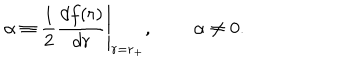
\alpha \equiv { \frac { 1 } { 2 } } \left. { \frac { d f ( r ) } { d r } } \right| _ { r = r _ { + } } , \, \alpha \neq 0 .